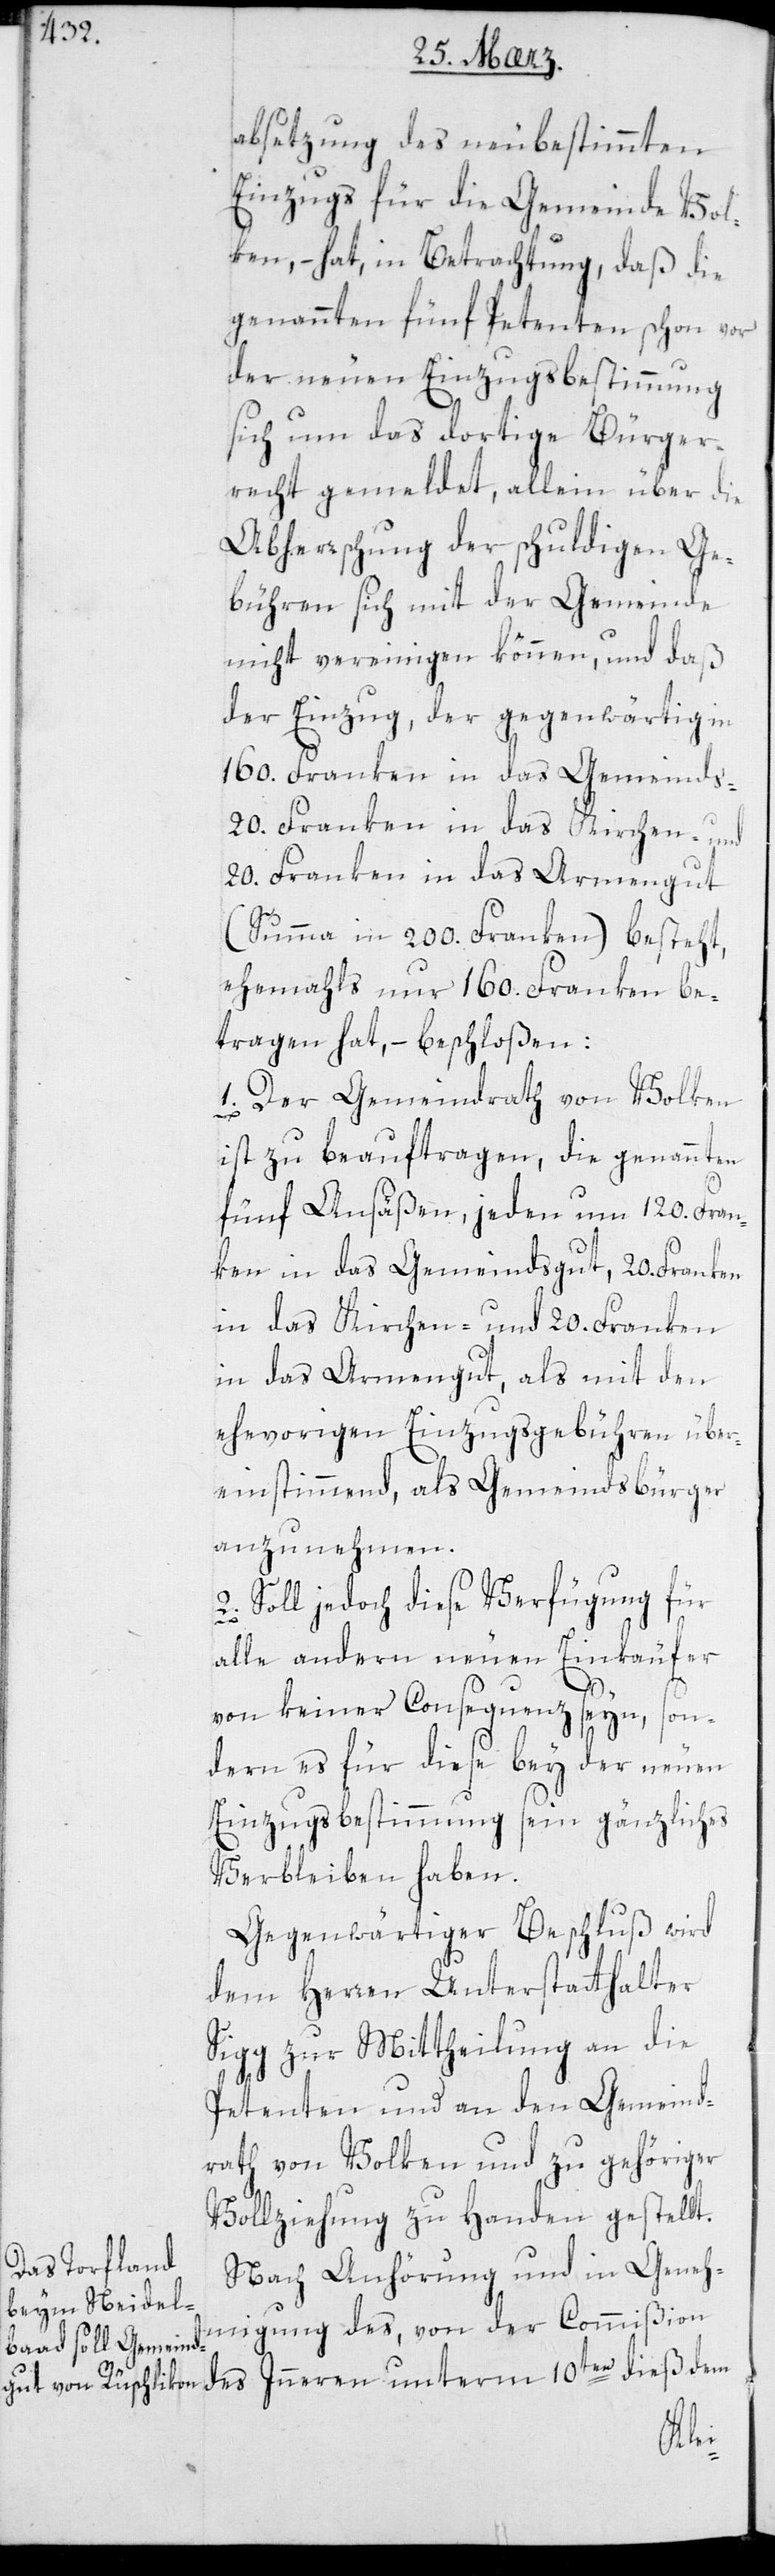
absetzung des neu bestimmten
Einzugs für die Gemeinde Vol¬
ken, – hat in Betrachtung daß die
genannten fünf Petenten schon vor
der neuen Einzugsbestimmung
sich um das dortige Bürger¬
recht gemeldet, allein über die
Abherrschung der schuldigen Ge¬
bühren sich mit der Gemeinde
nicht vereinigen können, und daß
der Einzug, der gegenwärtig in
160. Franken in das Gemeinds-,
20. Franken in das Kirchen- und
20. Franken in das Armengut
(Summa 200. Franken) besteht,
ehemahls nur 160. Franken be¬
tragen hat, – beschloßen:
1. Der Gemeindrath von Volken
ist zu beauftragen, die genannten
fünf Ansäßen, jeden um 120. Fran¬
ken in das Gemeindsgut, 20. Franken
in das Kirchen- und 20. Franken
in das Armengut, als mit den
ehevorigen Einzugsgebühren über¬
einstimmend, als Gemeindsbürger
anzunehmen.
2. Soll jedoch diese Verfügung für
alle andern neuen Einkäufer
von keiner Consequenz seyn, son¬
dern es für diese bey der neuen
Einzugsbestimmung sein gänzliches
Verbleiben haben.
Gegenwärtiger Beschluß wird
dem Herren Unterstatthalter
Sigg zur Mittheilung an die
Petenten und an den Gemeind¬
rath von Volken und zu gehöriger
Vollziehung zu Handen gestellt.
Nach Anhörung und in Geneh¬
migung des, von der Commißion
dieß